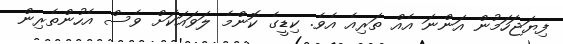
ފިޔަޖަހަމުން އަންނަ އެއް ތަރިއެ އެވެ. ކިޑީގެ ކޮންމެ ލަވައަކަށް ވެސް އެހުންތެރިން